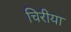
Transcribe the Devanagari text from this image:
चिरीया